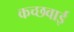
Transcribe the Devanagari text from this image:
कच्छवाई